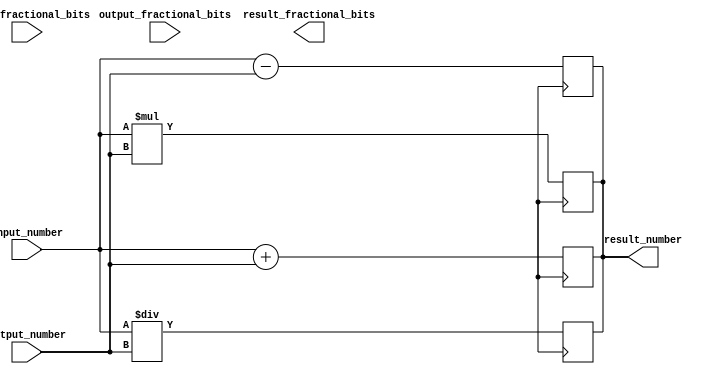
module FixedPointConverter (
  input wire signed [7:0] input_number,
  input wire [4:0] input_fractional_bits,
  input wire signed [15:0] output_number,
  input wire [7:0] output_fractional_bits,
  output reg signed [15:0] result_number,
  output reg [7:0] result_fractional_bits
);

// Addition function
always @ (posedge clk) begin
  result_number <= input_number + output_number;
end

// Subtraction function
always @ (posedge clk) begin
  result_number <= input_number - output_number;
end

// Multiplication function
always @ (posedge clk) begin
  result_number <= input_number * output_number;
end

// Division function
always @ (posedge clk) begin
  result_number <= input_number / output_number;
end

endmodule